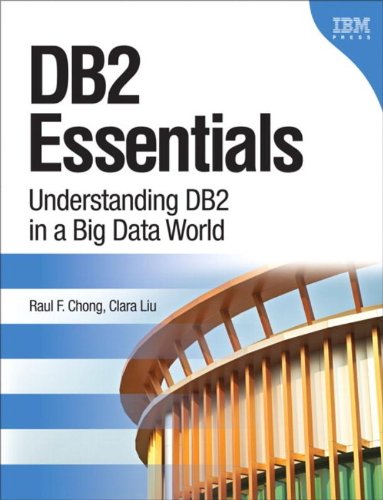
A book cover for DB2 Essentials: Understanding DB2 in a Big Data World (3rd Edition) (IBM Press); Raul F. Chong; Computers & Technology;